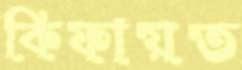
কিফায়ত